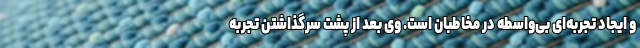
و ایجاد تجربه‌ای بی‌واسطه در مخاطبان است. وی بعد از پشت سرگذاشتن تجربه